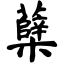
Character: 蘖